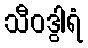
သီဝဒွါရံ